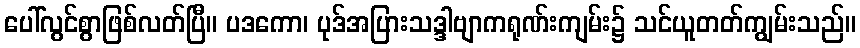
ပေါ်လွင်စွာဖြစ်လတ်ပြီ။ ပဒကော၊ ပုဒ်အပြားသဒ္ဒါဗျာကရုဏ်းကျမ်း၌ သင်ယူတတ်ကျွမ်းသည်။